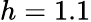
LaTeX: h=1.1